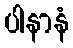
ပါနာနံ